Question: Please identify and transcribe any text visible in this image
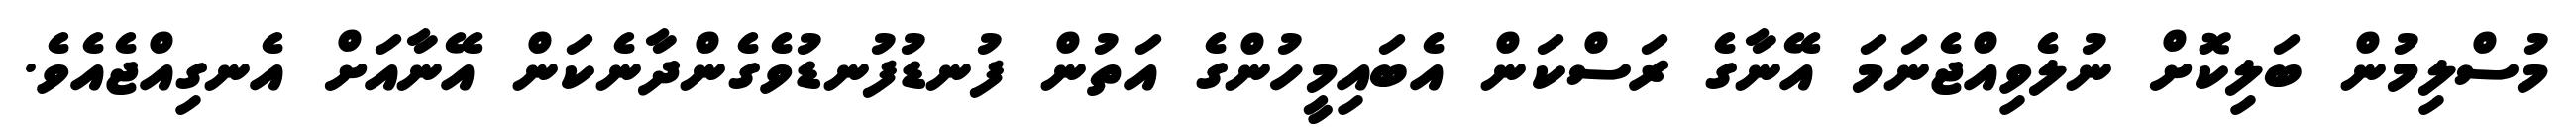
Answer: މުސްލިމުން ބަލިކޮށް ނުލެވިއްޖެނަމަ އޭނާގެ ރަސްކަން އެބައިމީހުންގެ އަތުން ފުނޑުފުނޑުވެގެންދާނެކަން އޭނާއަށް އެނގިއްޖެއެވެ.